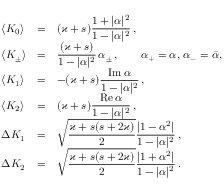
\begin{array} { l l l } { \langle K _ { 0 } \rangle } & { = } & { \displaystyle ( \varkappa + s ) \frac { 1 + \vert \alpha \vert ^ { 2 } } { 1 - \vert \alpha \vert ^ { 2 } } \, , } \\ { \langle K _ { \pm } \rangle } & { = } & { \displaystyle \frac { ( \varkappa + s ) } { 1 - \vert \alpha \vert ^ { 2 } } \, \alpha _ { \pm } \, , \qquad \alpha _ { + } = \alpha , \, \alpha _ { - } = \bar { \alpha } , \, } \\ { \langle K _ { 1 } \rangle } & { = } & { \displaystyle - ( \varkappa + s ) \frac { \mathrm { I m } \, \alpha } { 1 - \vert \alpha \vert ^ { 2 } } \, , } \\ { \langle K _ { 2 } \rangle } & { = } & { \displaystyle ( \varkappa + s ) \frac { \mathrm { R e } \, \alpha } { 1 - \vert \alpha \vert ^ { 2 } } \, , } \\ { \Delta K _ { 1 } } & { = } & { \displaystyle \sqrt { \frac { \varkappa + s ( s + 2 \varkappa ) } { 2 } } \frac { \vert 1 - \alpha ^ { 2 } \vert } { 1 - \vert \alpha \vert ^ { 2 } } \, , } \\ { \Delta K _ { 2 } } & { = } & { \displaystyle \sqrt { \frac { \varkappa + s ( s + 2 \varkappa ) } { 2 } } \frac { \vert 1 + \alpha ^ { 2 } \vert } { 1 - \vert \alpha \vert ^ { 2 } } \, . } \end{array}